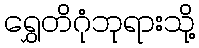
ရွှေတိဂုံဘုရားသို့